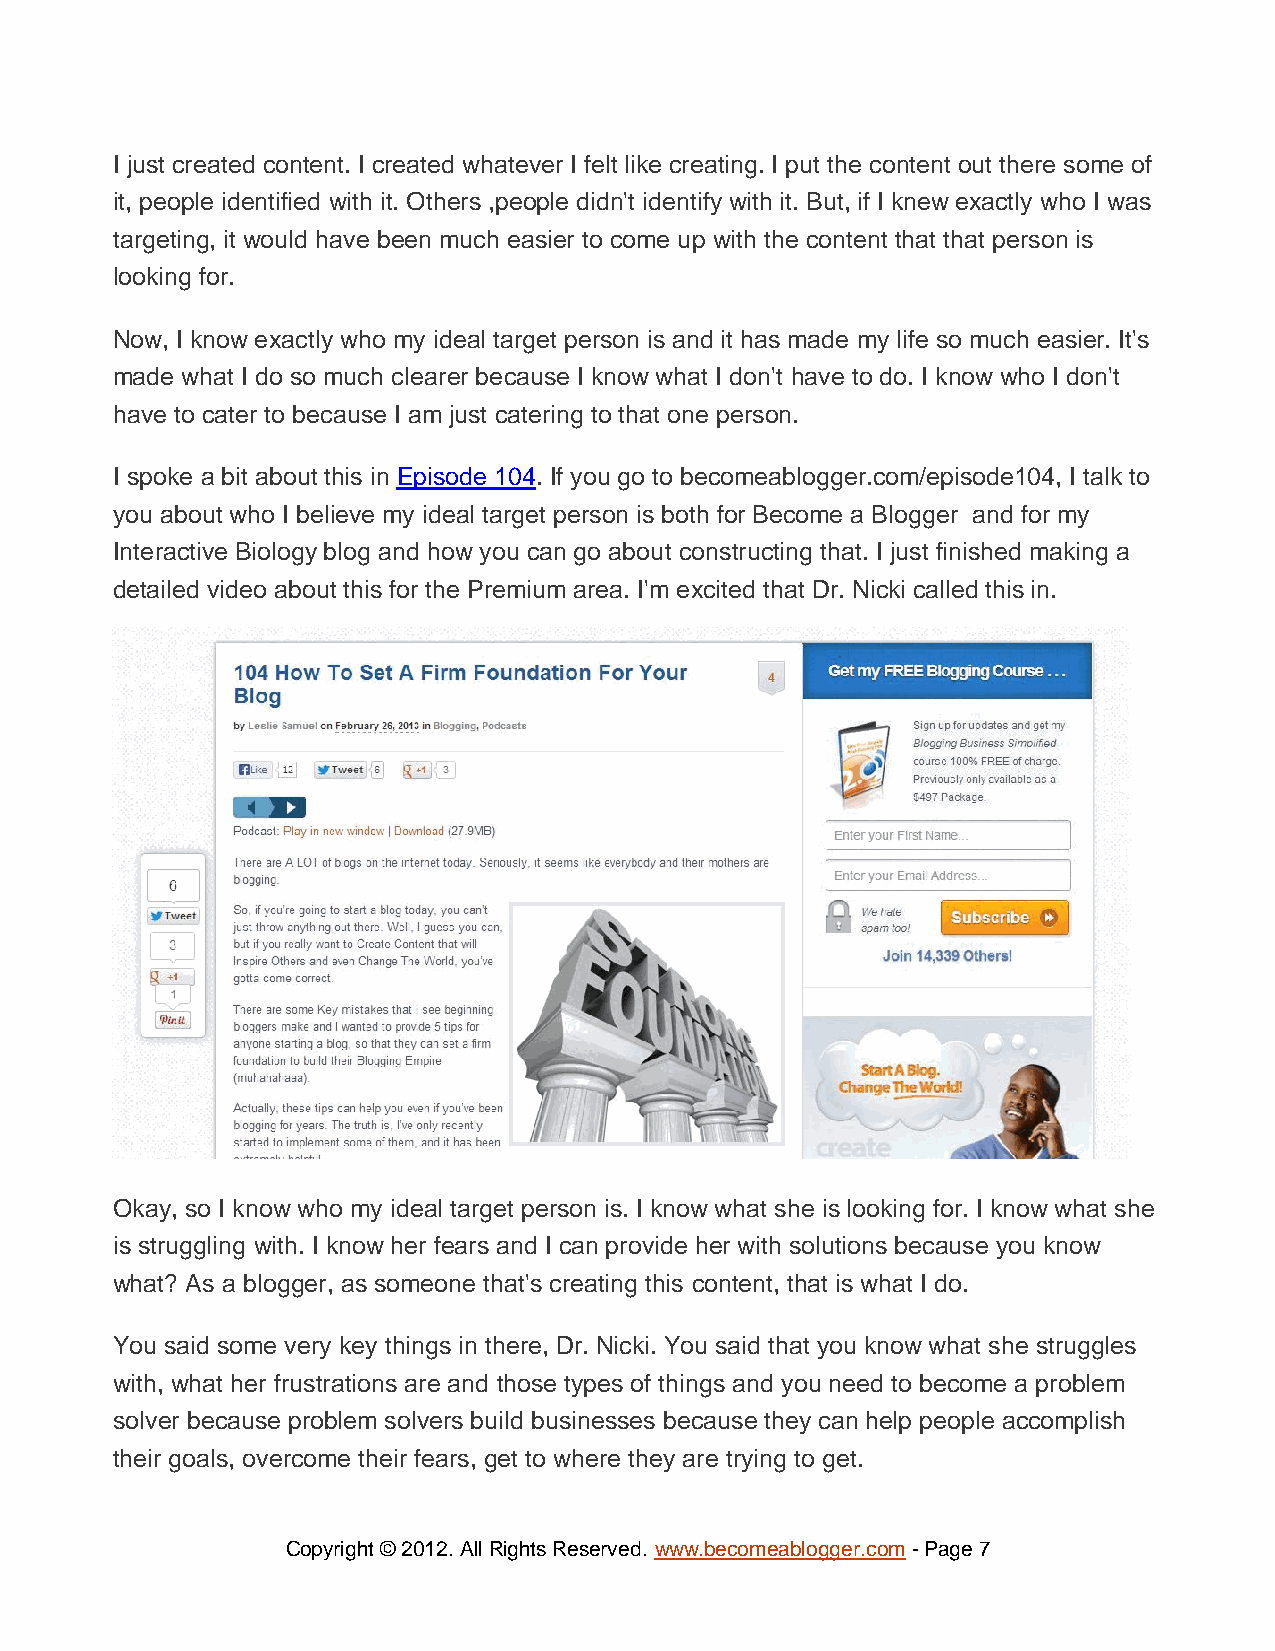
I just created content. I created whatever I felt like creating. I put the content out there some of
 it, people identified with it. Others ,people didn't identify with it. But, if I knew exactly who I was
 targeting, it would have been much easier to come up with the content that that person is
 looking for.
 Now, I know exactly who my ideal target person is and it has made my life so much easier. It's
 made what I do so much clearer because I know what I don't have to do. I know who I don't
 have to cater to because I am just catering to that one person.
 I spoke a bit about this in Episode 104. If you go to becomeablogger.com/episode104, I talk to
 you about who I believe my ideal target person is both for Become a Blogger and for my
 Interactive Biology blog and how you can go about constructing that. I just finished making a
 detailed video about this for the Premium area. I'm excited that Dr. Nicki called this in.
 Okay, so I know who my ideal target person is. I know what she is looking for. I know what she
 is struggling with. I know her fears and I can provide her with solutions because you know
 what? As a blogger, as someone that's creating this content, that is what I do.
 You said some very key things in there, Dr. Nicki. You said that you know what she struggles
 with, what her frustrations are and those types of things and you need to become a problem
 solver because problem solvers build businesses because they can help people accomplish
 their goals, overcome their fears, get to where they are trying to get.
 Copyright © 2012. All Rights Reserved. www.becomeablogger.com - Page 7